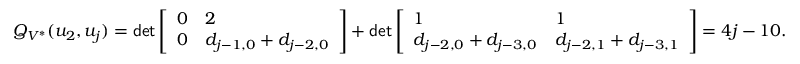
Q _ { V ^ { * } } ( u _ { 2 } , u _ { j } ) = \mathsf { d e t } \left[ \begin{array} { l l } { 0 } & { 2 } \\ { 0 } & { d _ { j - 1 , 0 } + d _ { j - 2 , 0 } } \end{array} \right] + \mathsf { d e t } \left[ \begin{array} { l l } { 1 } & { 1 } \\ { d _ { j - 2 , 0 } + d _ { j - 3 , 0 } } & { d _ { j - 2 , 1 } + d _ { j - 3 , 1 } } \end{array} \right] = 4 j - 1 0 .